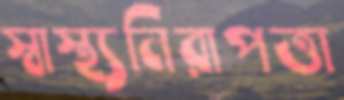
স্বাস্থ্যনিরাপত্তা